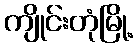
ကျိုင်းတုံမြို့